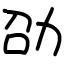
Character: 劭